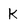
Character: K